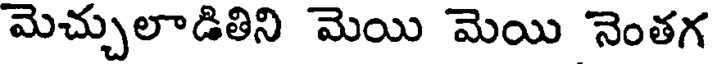
మెచ్చులాడితిని మెయి మెయి నెంతగ